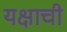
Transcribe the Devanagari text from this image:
यक्षाची